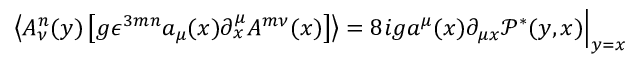
\left\langle A _ { \nu } ^ { n } ( y ) \left[ g \epsilon ^ { 3 m n } a _ { \mu } ( x ) \partial _ { x } ^ { \mu } A ^ { m \nu } ( x ) \right] \right\rangle = 8 i g a ^ { \mu } ( x ) \partial _ { \mu x } \mathcal P ^ { * } ( y , x ) \Bigr | _ { y = x }